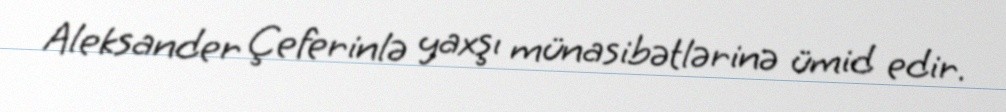
Aleksander Çeferinlə yaxşı münasibətlərinə ümid edir.